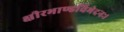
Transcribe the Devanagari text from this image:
क्षीरभाण्डविभेदनः।